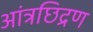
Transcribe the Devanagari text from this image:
आंत्रछिद्रण